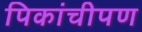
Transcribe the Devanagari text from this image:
पिकांचीपण